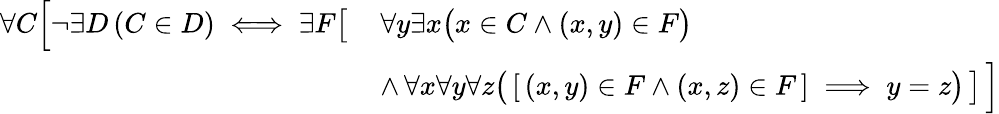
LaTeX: {\begin{array}{rl}{\forall C{\Bigl[}\lnot\exists D\left(C\in D\right)\iff\exists F{\bigl[}}&{\, \forall y\exists x{\bigl(}x\in C\land(x,y)\in F{\bigr)}}\\ &{\, \land\, \forall x\forall y\forall z{\bigl(}\, [\, (x,y)\in F\land(x,z)\in F\, ]\implies y=z{\bigr)}\, {\bigr]}\, {\Bigr]}}\end{array}}